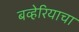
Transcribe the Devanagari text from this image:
बव्हेरियाचा